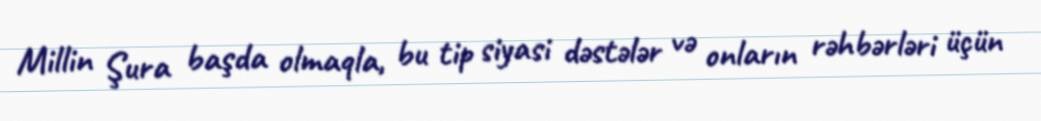
Millin Şura başda olmaqla, bu tip siyasi dəstələr və onların rəhbərləri üçün